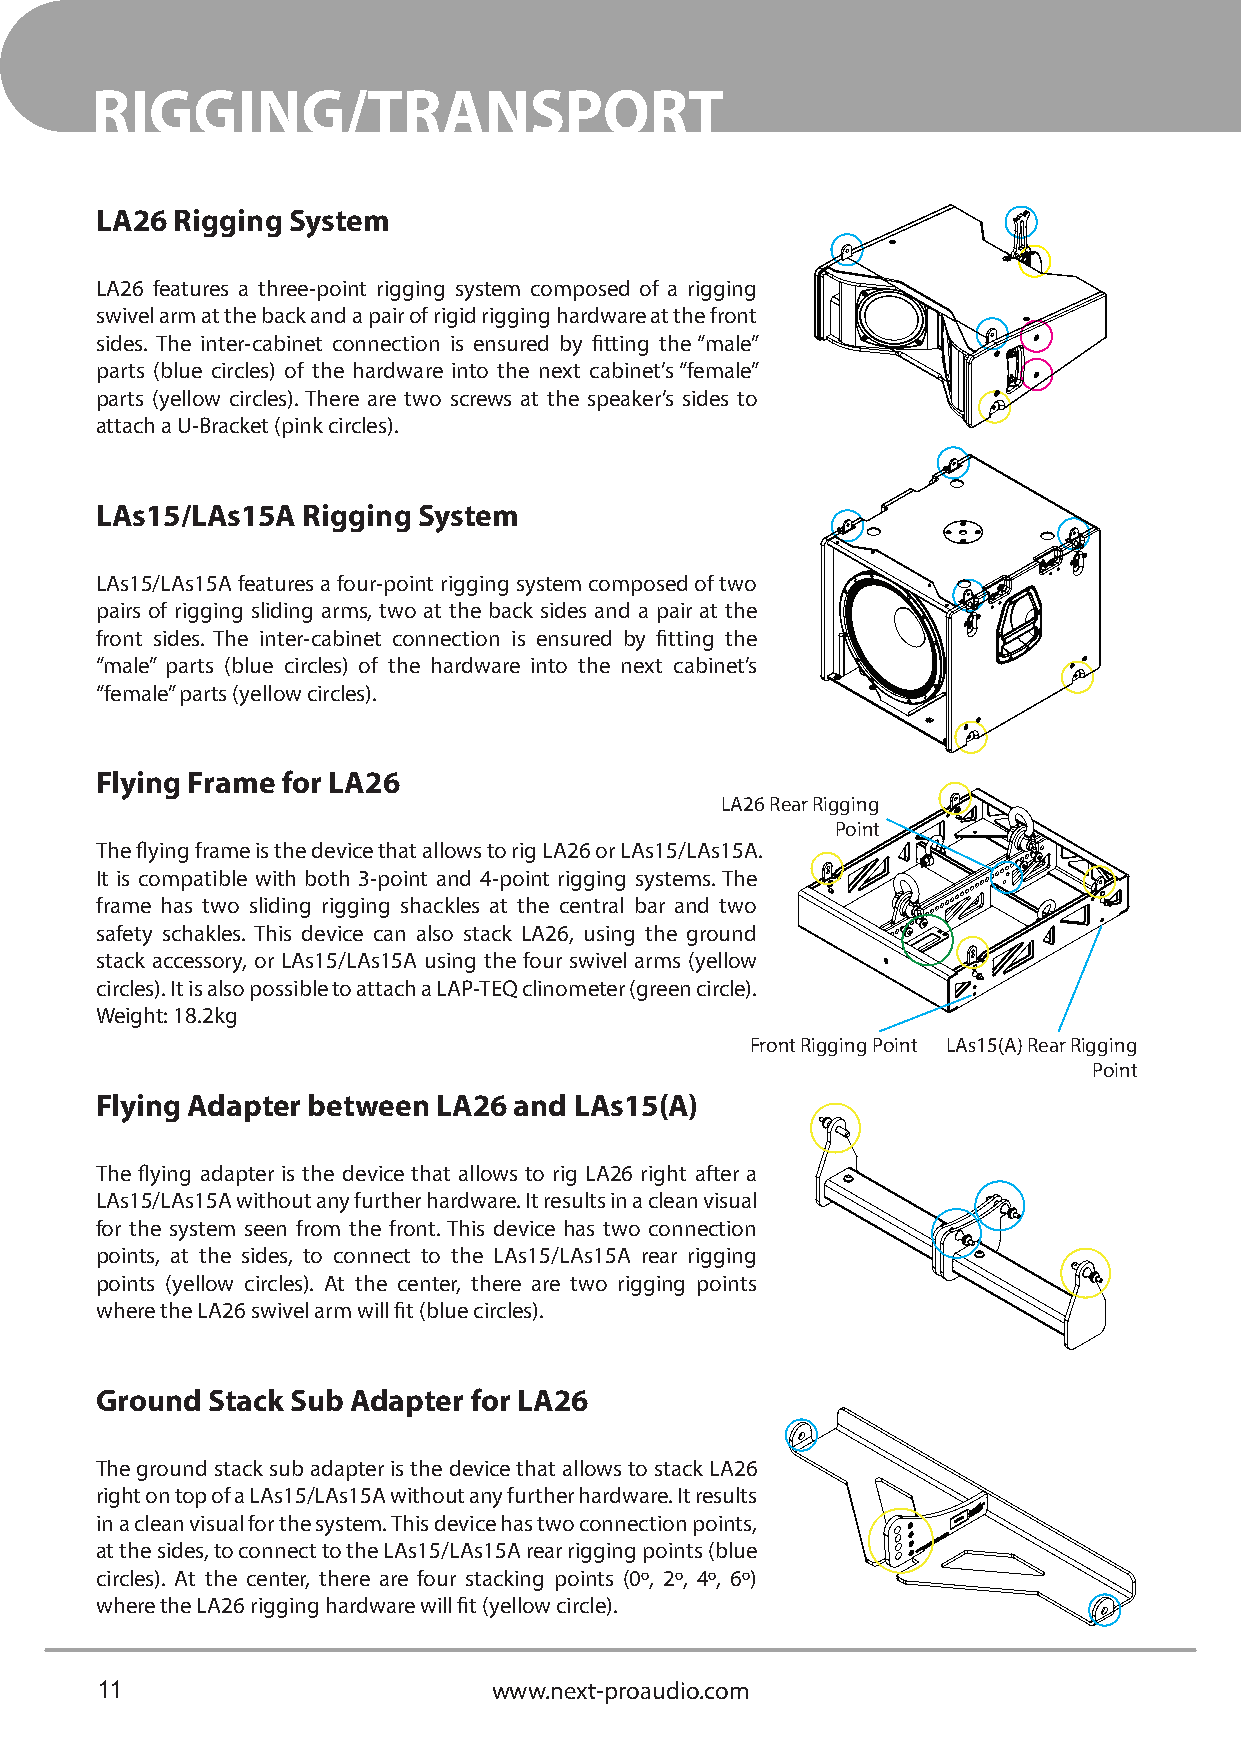
RIGGING/TRANSPORT
 LA26 Rigging System
 LA26 features a three-point rigging system composed of a rigging
 swivel arm at the back and a pair of rigid rigging hardware at the front
 sides. The inter-cabinet connection is ensured by fitting the “male”
 parts (blue circles) of the hardware into the next cabinet’s “female”
 parts (yellow circles). There are two screws at the speaker’s sides to
 attach a U-Bracket (pink circles).
 LAs15/LAs15A  Rigging System
 LAs15/LAs15A features a four-point rigging system composed of two
 pairs of rigging sliding arms, two at the back sides and a pair at the
 front sides. The inter-cabinet connection is ensured by fitting the
 “male” parts (blue circles) of the hardware into the next cabinet’s
 “female” parts (yellow circles).
 Flying Frame for LA26
 LA26 Rear Rigging
 Point
 The flying frame is the device that allows to rig LA26 or LAs15/LAs15A.
 It is compatible with both 3-point and 4-point rigging systems. The
 frame has two sliding rigging shackles at the central bar and two
 safety schakles. This device can also stack LA26, using the ground
 stack accessory, or LAs15/LAs15A using the four swivel arms (yellow
 circles). It is also possible to attach a LAP-TEQ clinometer (green circle).
 Weight: 18.2kg
 Front Rigging Point LAs15(A) Rear Rigging
 Point
 Flying Adapter between LA26 and LAs15(A)
 The flying adapter is the device that allows to rig LA26 right after a
 LAs15/LAs15A without any further hardware. It results in a clean visual
 for the system seen from the front. This device has two connection
 points, at the sides, to connect to the LAs15/LAs15A rear rigging
 points (yellow circles). At the center, there are two rigging points
 where the LA26 swivel arm will fit (blue circles).
 Ground  Stack Sub Adapter for LA26
 The ground stack sub adapter is the device that allows to stack LA26
 right on top of a LAs15/LAs15A without any further hardware. It results
 in a clean visual for the system. This device has two connection points,
 at the sides, to connect to the LAs15/LAs15A rear rigging points (blue
 circles). At the center, there are four stacking points (0º, 2º, 4º, 6º)
 where the LA26 rigging hardware will fit (yellow circle).
 11                         www.next-proaudio.com